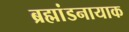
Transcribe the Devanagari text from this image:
ब्रह्मांडनायाक